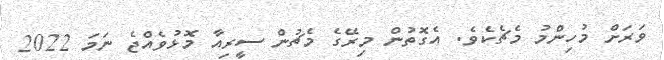
ވަރަށް މުހިންމު މެޗެކެވެ. އެގޮތުން މިރޭގެ މެޗުން ސީރިއާ މޮޅުވެއްޖެ ނަމަ 2022